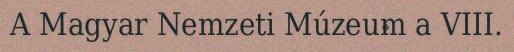
A Magyar Nemzeti Múzeum a VIII.